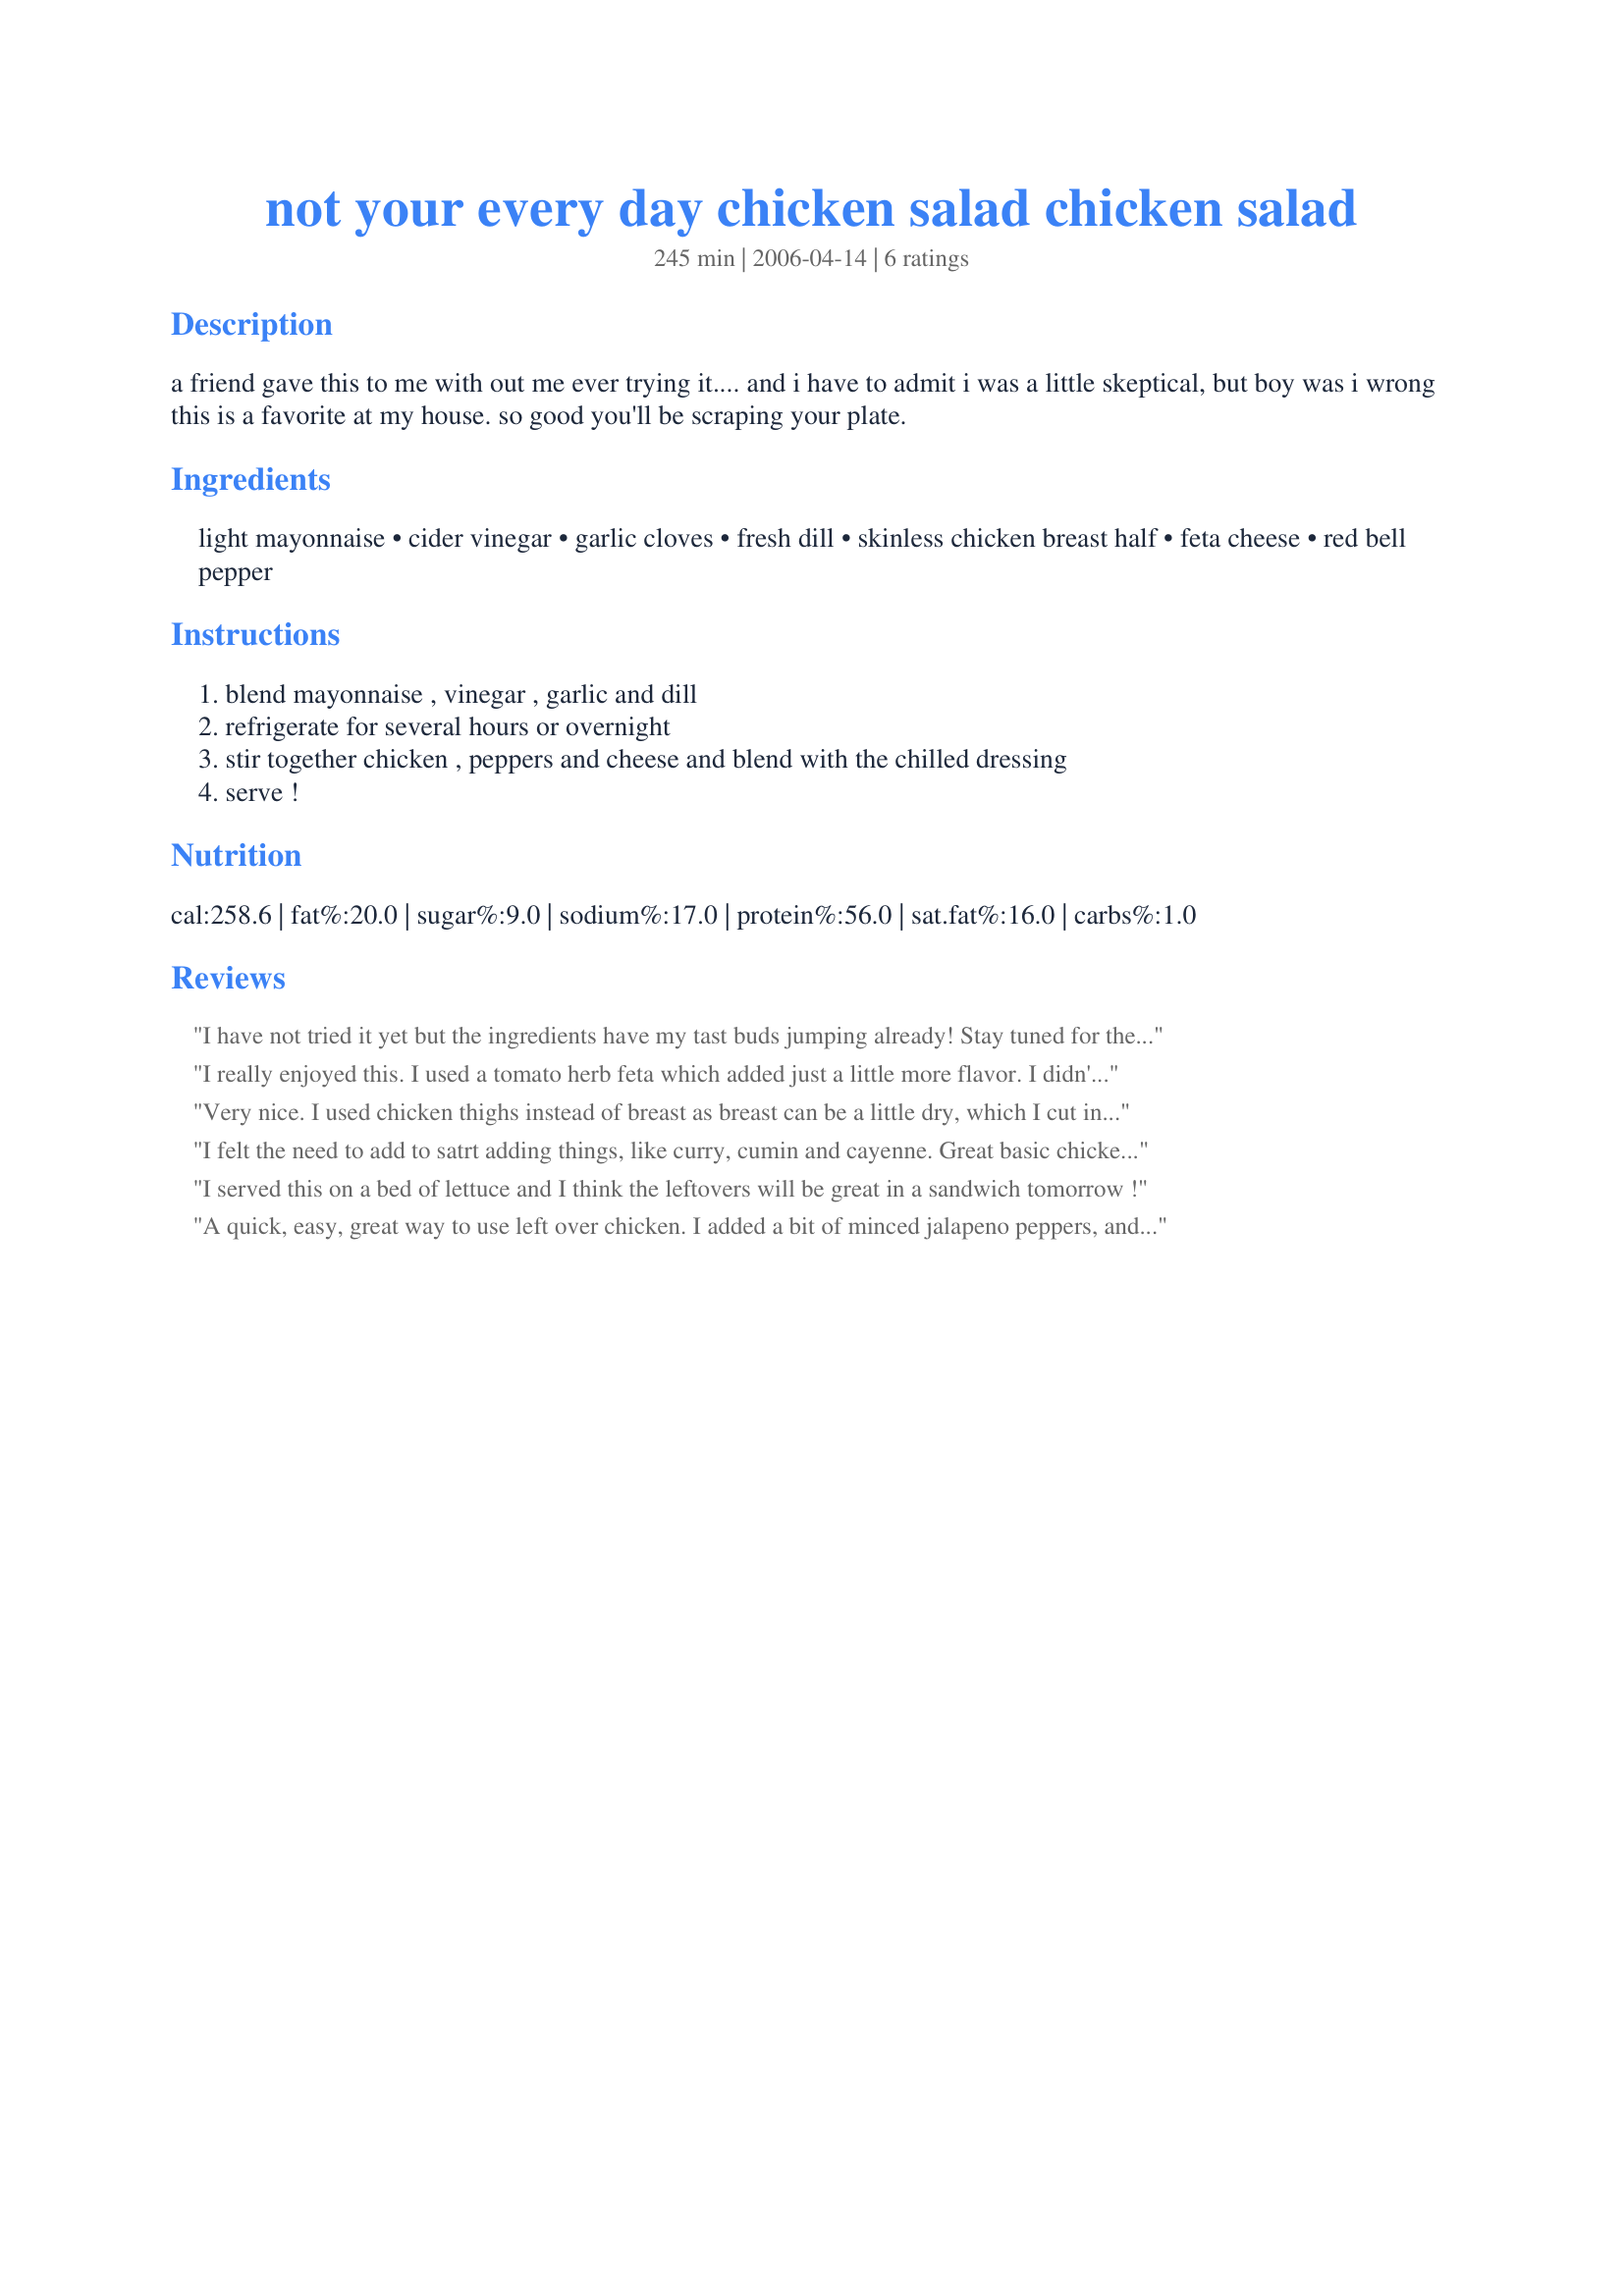
not your every day chicken salad chicken salad
Preparation time: 245 minutes

a friend gave this to me with out me ever trying it.... and i have to admit i was a little skeptical, but boy was i wrong this is a favorite at my house. so good you'll be scraping your plate.

Ingredients:
light mayonnaise, cider vinegar, garlic cloves, fresh dill, skinless chicken breast half, feta cheese, red bell pepper

Steps:
blend mayonnaise , vinegar , garlic and dill, refrigerate for several hours or overnight, stir together chicken , peppers and cheese and blend with the chilled dressing, serve !

Reviews:
I have not tried it yet but the ingredients have my tast buds jumping already! Stay tuned for the results.
I really enjoyed this. I used a tomato herb feta which added just a little more flavor. I didn't have light mayo because I just hate the stuff, but I bet even that would taste good with the additions in this recipe. Thank you for sharing.
Very nice. I used chicken thighs instead of breast as breast can be a little dry, which I cut into bite sized pieces and then fried then cooled. I used home made mayo (full fat). This was enjoyed by all at my luncheon. Thanks
I felt the need to add to satrt adding things, like curry, cumin and cayenne. Great basic chicken salad.
I served this on a bed of lettuce and I think the leftovers will be great in a sandwich tomorrow !
A quick, easy, great way to use left over chicken. I added a bit of minced jalapeno peppers, and curry powder. Nice crunch from the peppers. Thanks!!!!
